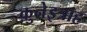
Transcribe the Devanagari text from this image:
क़ुनेइत्राह